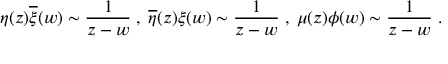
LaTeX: \eta ( z ) \overline { { { \xi } } } ( w ) \sim \frac { 1 } { z - w } \; , \; \overline { { { \eta } } } ( z ) { \xi } ( w ) \sim \frac { 1 } { z - w } \; , \; \mu ( z ) { \phi } ( w ) \sim \frac { 1 } { z - w } \; .